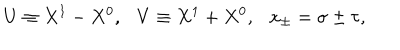
LaTeX: U \equiv X ^ { 1 } - X ^ { 0 } , \ \ \ V \equiv X ^ { 1 } + X ^ { 0 } , \ \ \ x _ { \pm } = \sigma \pm \tau ,